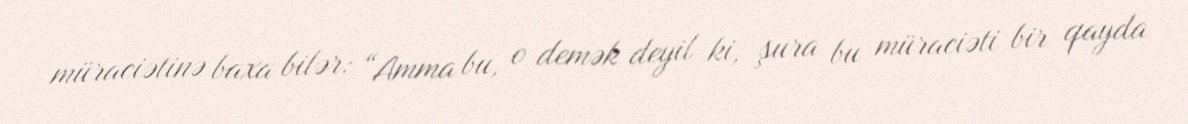
müraciətinə baxa bilər: “Amma bu, o demək deyil ki, şura bu müraciəti bir qayda